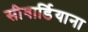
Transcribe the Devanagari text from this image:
सीवार्डियाना